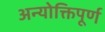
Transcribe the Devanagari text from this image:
अन्योक्तिपूर्ण